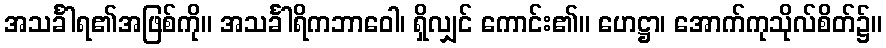
အသင်္ခါရ၏အဖြစ်ကို။ အသင်္ခါရိကဘာဝေါ၊ ရှိလျှင် ကောင်း၏။ ဟေဋ္ဌာ၊ အောက်ကုသိုလ်စိတ်၌။